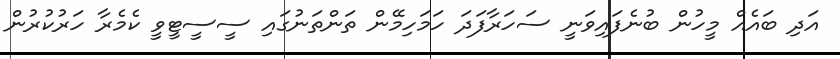
އަދި ބައެއް މީހުން ބުނެފައިވަނީ ސަހަރާފަދަ ހަމަހިމޭން ތަންތަނުގައި ސީސީޓީވީ ކެމެރާ ހަރުކުރުން